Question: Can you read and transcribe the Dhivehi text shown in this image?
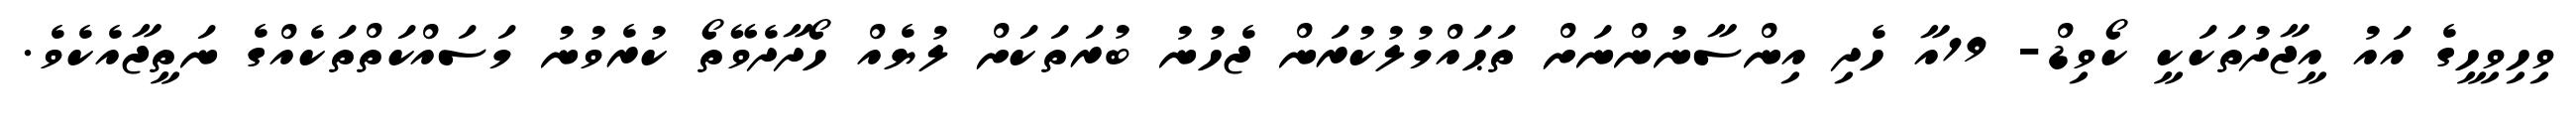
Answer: ވިހިވިހީގެ އައު އީޖާދުތަކަކީ ކޯވިޑް- 19އާ ހެދި އިންސާނުންނަށް ތަޙައްމުލުކުރަން ޖެހުނު ބުރަތަކަށް ލުޔެއް ހޯދާދެވޭތޯ ކުރެވުނު މަސައްކަތްތަކެއްގެ ނަތީޖާއެކެވެ.